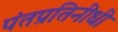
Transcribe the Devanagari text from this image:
पंतप्रतिनीधी